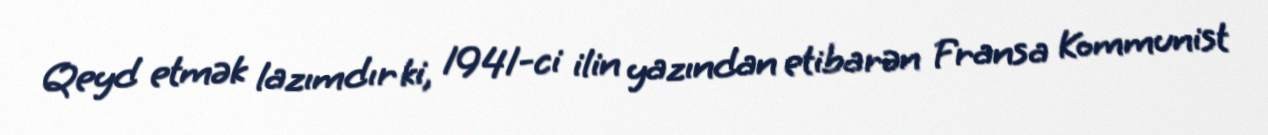
Qeyd etmək lazımdır ki, 1941-ci ilin yazından etibarən Fransa Kommunist